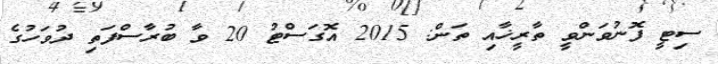
ސިޓީ ފޮނުވަންވީ ތާރީޚާއި ތަން: 2015 އޮގަސްޓު 20 ވާ ބުރާސްފަތި ދުވަހުގެ